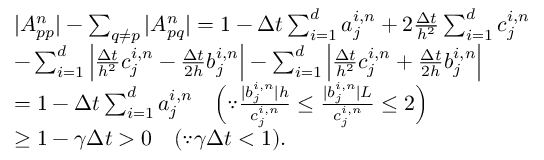
\begin{array} { r l } & { | A _ { p p } ^ { n } | - \sum _ { q \neq p } | A _ { p q } ^ { n } | = 1 - \Delta t \sum _ { i = 1 } ^ { d } a _ { j } ^ { i , n } + 2 \frac { \Delta t } { h ^ { 2 } } \sum _ { i = 1 } ^ { d } c _ { j } ^ { i , n } } \\ & { - \sum _ { i = 1 } ^ { d } \Big | \frac { \Delta t } { h ^ { 2 } } c _ { j } ^ { i , n } - \frac { \Delta t } { 2 h } b _ { j } ^ { i , n } \Big | - \sum _ { i = 1 } ^ { d } \Big | \frac { \Delta t } { h ^ { 2 } } c _ { j } ^ { i , n } + \frac { \Delta t } { 2 h } b _ { j } ^ { i , n } \Big | } \\ & { = 1 - \Delta t \sum _ { i = 1 } ^ { d } a _ { j } ^ { i , n } \quad \Big ( \because \frac { | b _ { j } ^ { i , n } | h } { c _ { j } ^ { i , n } } \leq \frac { | b _ { j } ^ { i , n } | L } { c _ { j } ^ { i , n } } \leq 2 \Big ) } \\ & { \geq 1 - \gamma \Delta t > 0 \quad ( \because \gamma \Delta t < 1 ) . } \end{array}